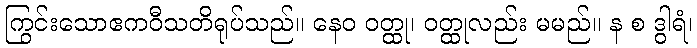
ကြွင်းသောဧကဝီသတိရုပ်သည်။ နေဝ ဝတ္ထု၊ ဝတ္ထုလည်း မမည်။ န စ ဒွါရံ၊